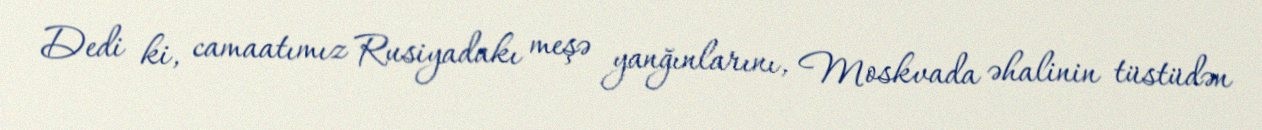
Dedi ki, camaatımız Rusiyadakı meşə yanğınlarını, Moskvada əhalinin tüstüdən